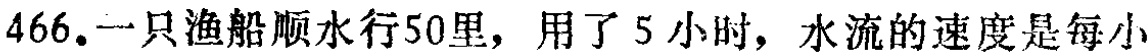
466.一只渔船顺水行50里，用了5小时，水流的速度是每小